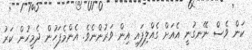
ކަން ވެސް ނޭނގުނީ އެއަށް ގެއްލިފައި އިން ވަރުންނެވެ. އެންމެފަހުން ދެމީހުން ކަރު